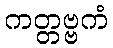
ကတ္တဗ္ဗကံ